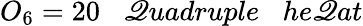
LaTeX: O_{6}=20\; \; \; \mathscr{Q}uadruple\; \; \; he\mathscr{Q}at